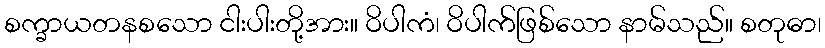
စက္ခာယတနစသော ငါးပါးတို့အား။ ဝိပါကံ၊ ဝိပါက်ဖြစ်သော နာမ်သည်။ စတုဓာ၊